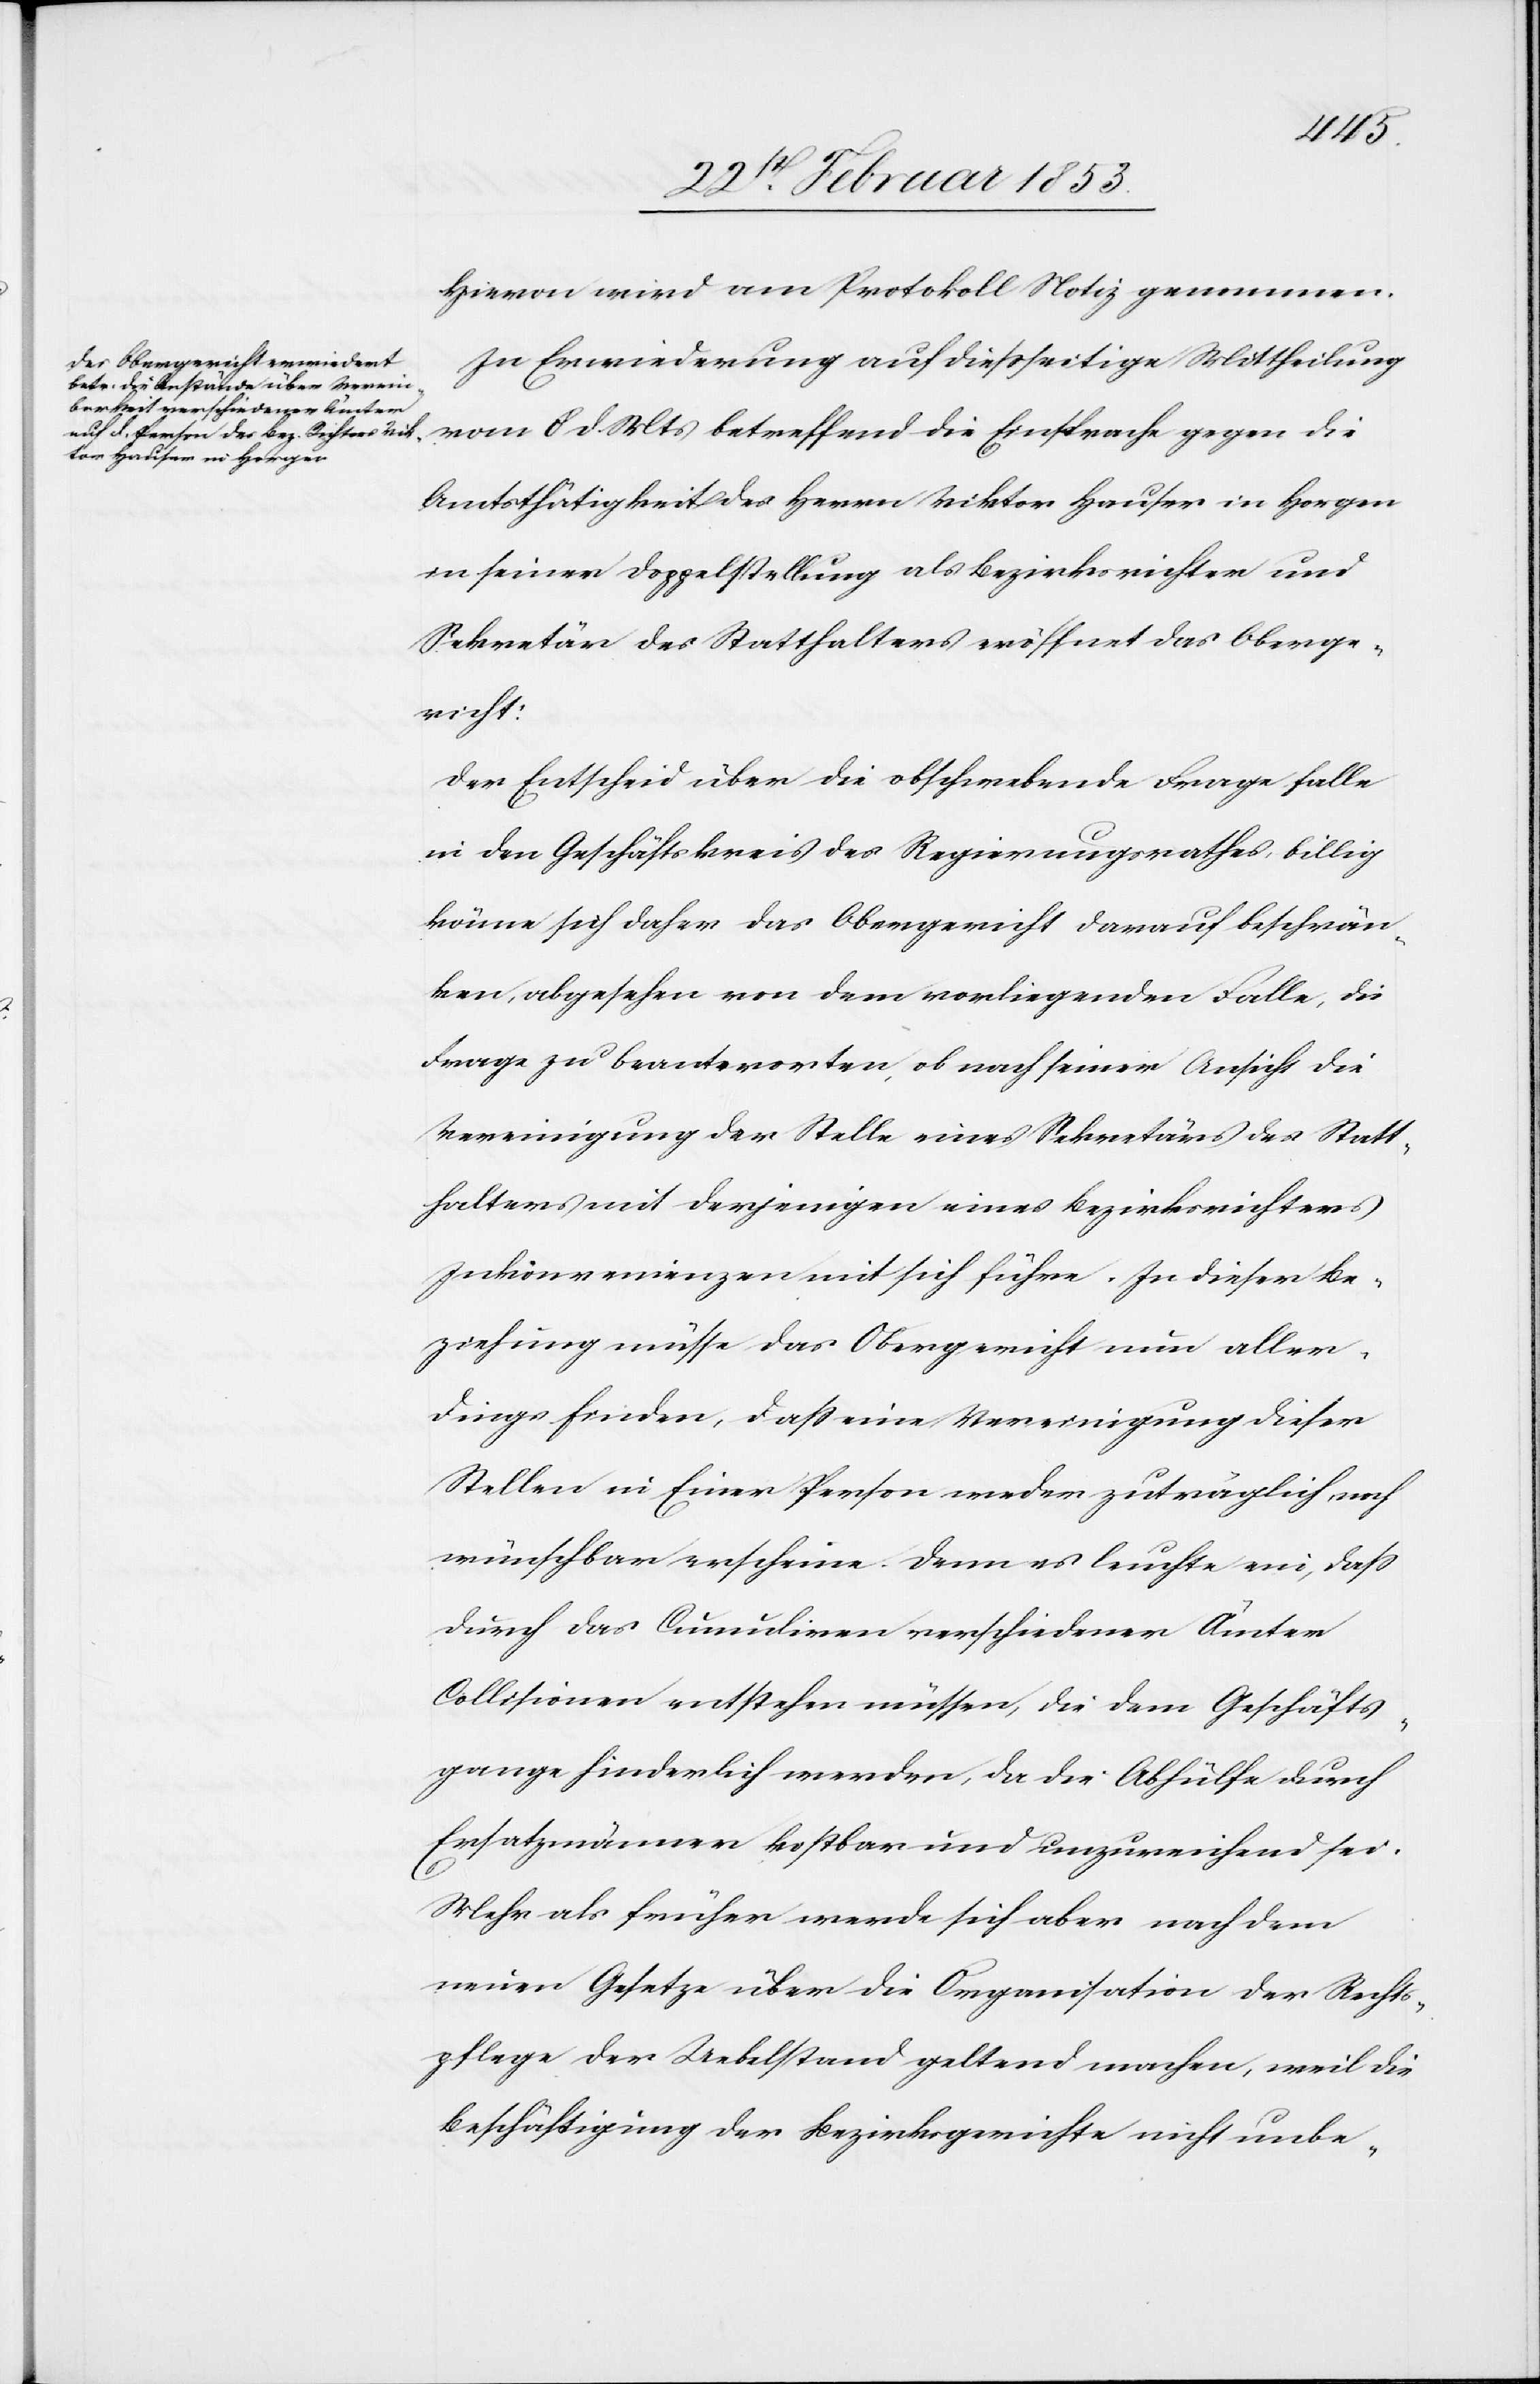
Hievon wird am Protokoll Notiz genommen.
In Erwiederung auf diesseitige Mittheilung
vom 8 d. Mts. betreffend die Einsprache gegen die
Amtsthätigkeit des Herrn Viktor Hauser in Horgen
in seiner Doppelstellung als Bezirksrichter und
Sekretär des Statthalters eröffnet das Oberge¬
richt:
Der Entscheid über die obschwebende Frage falle
in den Geschäftskreis des Regierungsrathes, billig
könne sich daher das Obergericht darauf beschrän¬
ken, abgesehen von dem vorliegenden Falle, die
Frage zu beantworten, ob nach seiner Ansicht die
Vereinigung der Stelle eines Sekretärs das Statt¬
halters mit derjenigen eines Bezirksrichters
Inkonvenienzen mit sich führe. In dieser Be¬
ziehung müsse das Obergericht nun aller¬
dings finden, daß eine Vereinigung dieser
Stellen in Einer Person weder zuträglich noch
wünschbar erscheine. Denn es leuchte ein, daß
durch das Cumuliren verschiedener Ämter
Collisionen entstehen müssen, die dem Geschäfts¬
gange hinderlich werden, da die Abhülfe durch
Ersatzmänner kostbar und unzureichend sei.
Mehr als früher werde sich aber nach dem
einen Gesetze über die Organisation der Rechts¬
pflege der Uebelstand geltend machen, weil die
Beschäftigung der Bezirksgerichte nicht unbe-